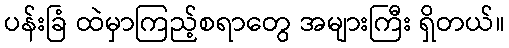
ပန်းခြံ ထဲမှာကြည့်စရာတွေ အများကြီး ရှိတယ်။